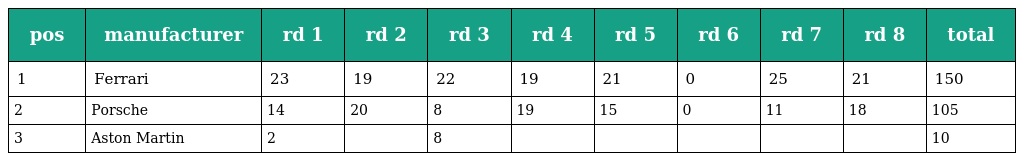
| pos | manufacturer | rd 1 | rd 2 | rd 3 | rd 4 | rd 5 | rd 6 | rd 7 | rd 8 | total |
 | --- | --- | --- | --- | --- | --- | --- | --- | --- | --- | --- |
 | 1 | Ferrari | 23 | 19 | 22 | 19 | 21 | 0 | 25 | 21 | 150 |
 | 2 | Porsche | 14 | 20 | 8 | 19 | 15 | 0 | 11 | 18 | 105 |
 | 3 | Aston Martin | 2 |  | 8 |  |  |  |  |  | 10 |